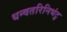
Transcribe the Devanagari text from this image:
धन्वतरिनिघंटु